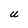
Character: U